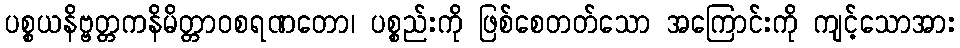
ပစ္စယနိဗ္ဗတ္တကနိမိတ္တာဝစရဏတော၊ ပစ္စည်းကို ဖြစ်စေတတ်သော အကြောင်းကို ကျင့်သောအား